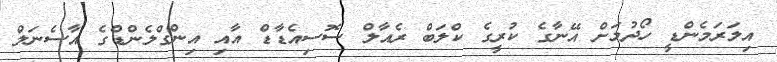
އިލަރަމެންޑީ ހޯދުމަށް އޭނާގެ ކުރީގެ ކްލަބް ރެއާލް ސޮސިއެޑާޑް އާއި އިންގްލެންޑްގެ އާސެނަލް